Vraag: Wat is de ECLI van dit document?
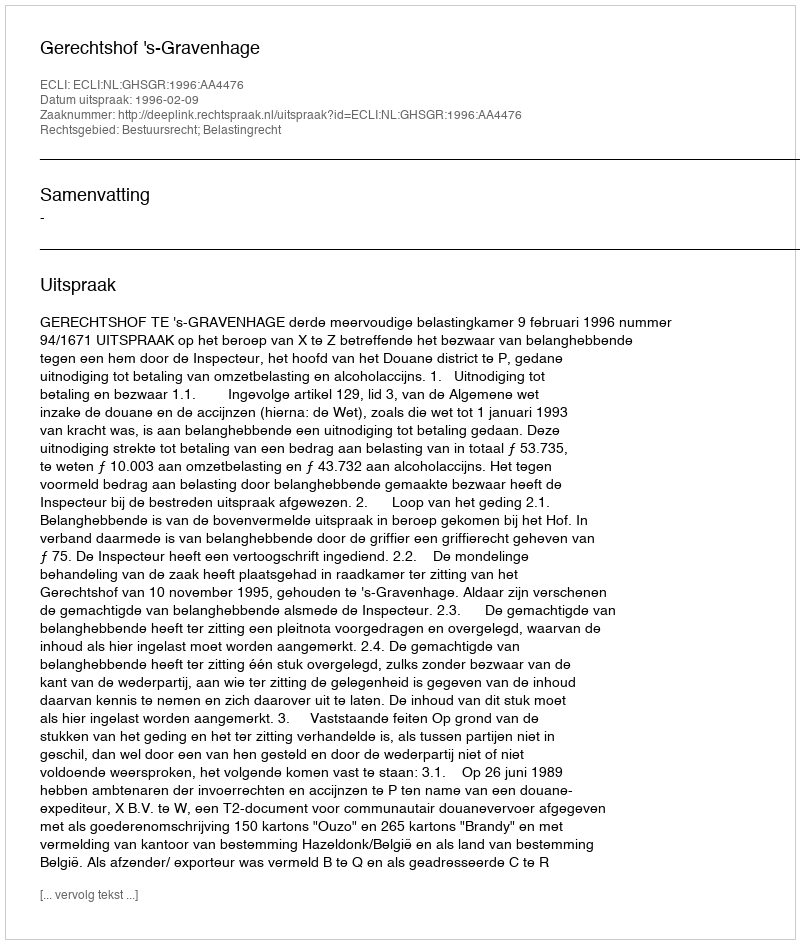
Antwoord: ECLI:NL:GHSGR:1996:AA4476